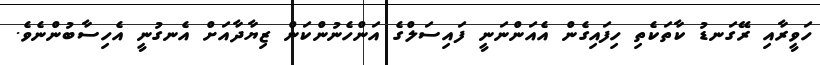
ހަވީރާއި ރޭގަނޑު ކާތަކެތި ހިފައިގެން އެއަންނަނީ ފައިސަލްގެ އަންހެނުންކަން ޒިޔާދާއަށް އެނގުނީ އެހިސާބުންނެވެ.